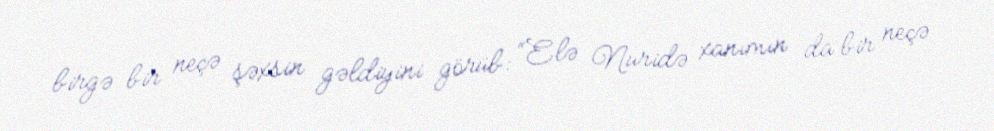
birgə bir neçə şəxsin gəldiyini görüb: “Elə Nuridə xanımın da bir neçə